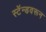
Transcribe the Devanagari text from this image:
स्टॅन्डवरून